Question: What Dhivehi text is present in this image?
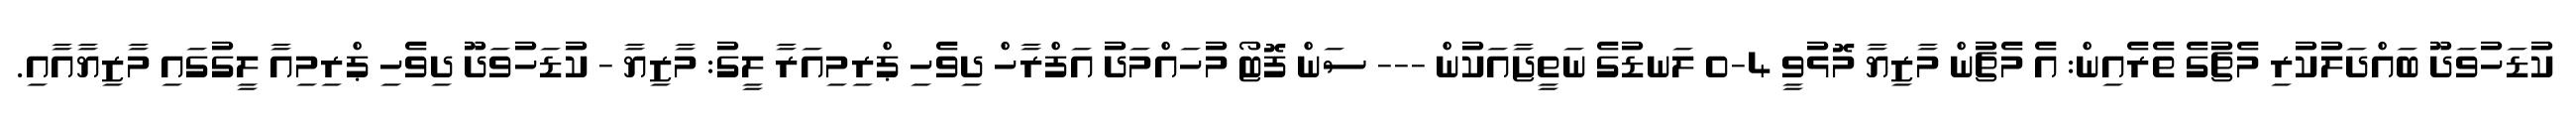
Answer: ކުޑަހުވަދޫ ބައްދަލުކުރި މެޗުގެ ތެރެއިން: އެ މެޗުން މާޒިޔާ މޮޅުވީ 4-0 ލަނޑުގެ ނަތީޖާއަކުން --- ސަން ފޮޓޯ މުހައްމަދު އަފްރާހް ދިވެހި ޕްރިމިއަރާ ލީގު: މާޒިޔާ - ކުޑަހުވަދޫ ދިވެހި ޕްރިމިއާ ލީގުގައި މާޒިޔާއާއި.